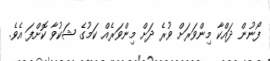
ފޯނުން ދައްކާ މިންވަރަށް ވުރެ ދަށް މިންވަރެއް ކަމުގެ ޝަކުވާ ކޮށްފަ އެވެ.